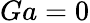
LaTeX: Ga=0